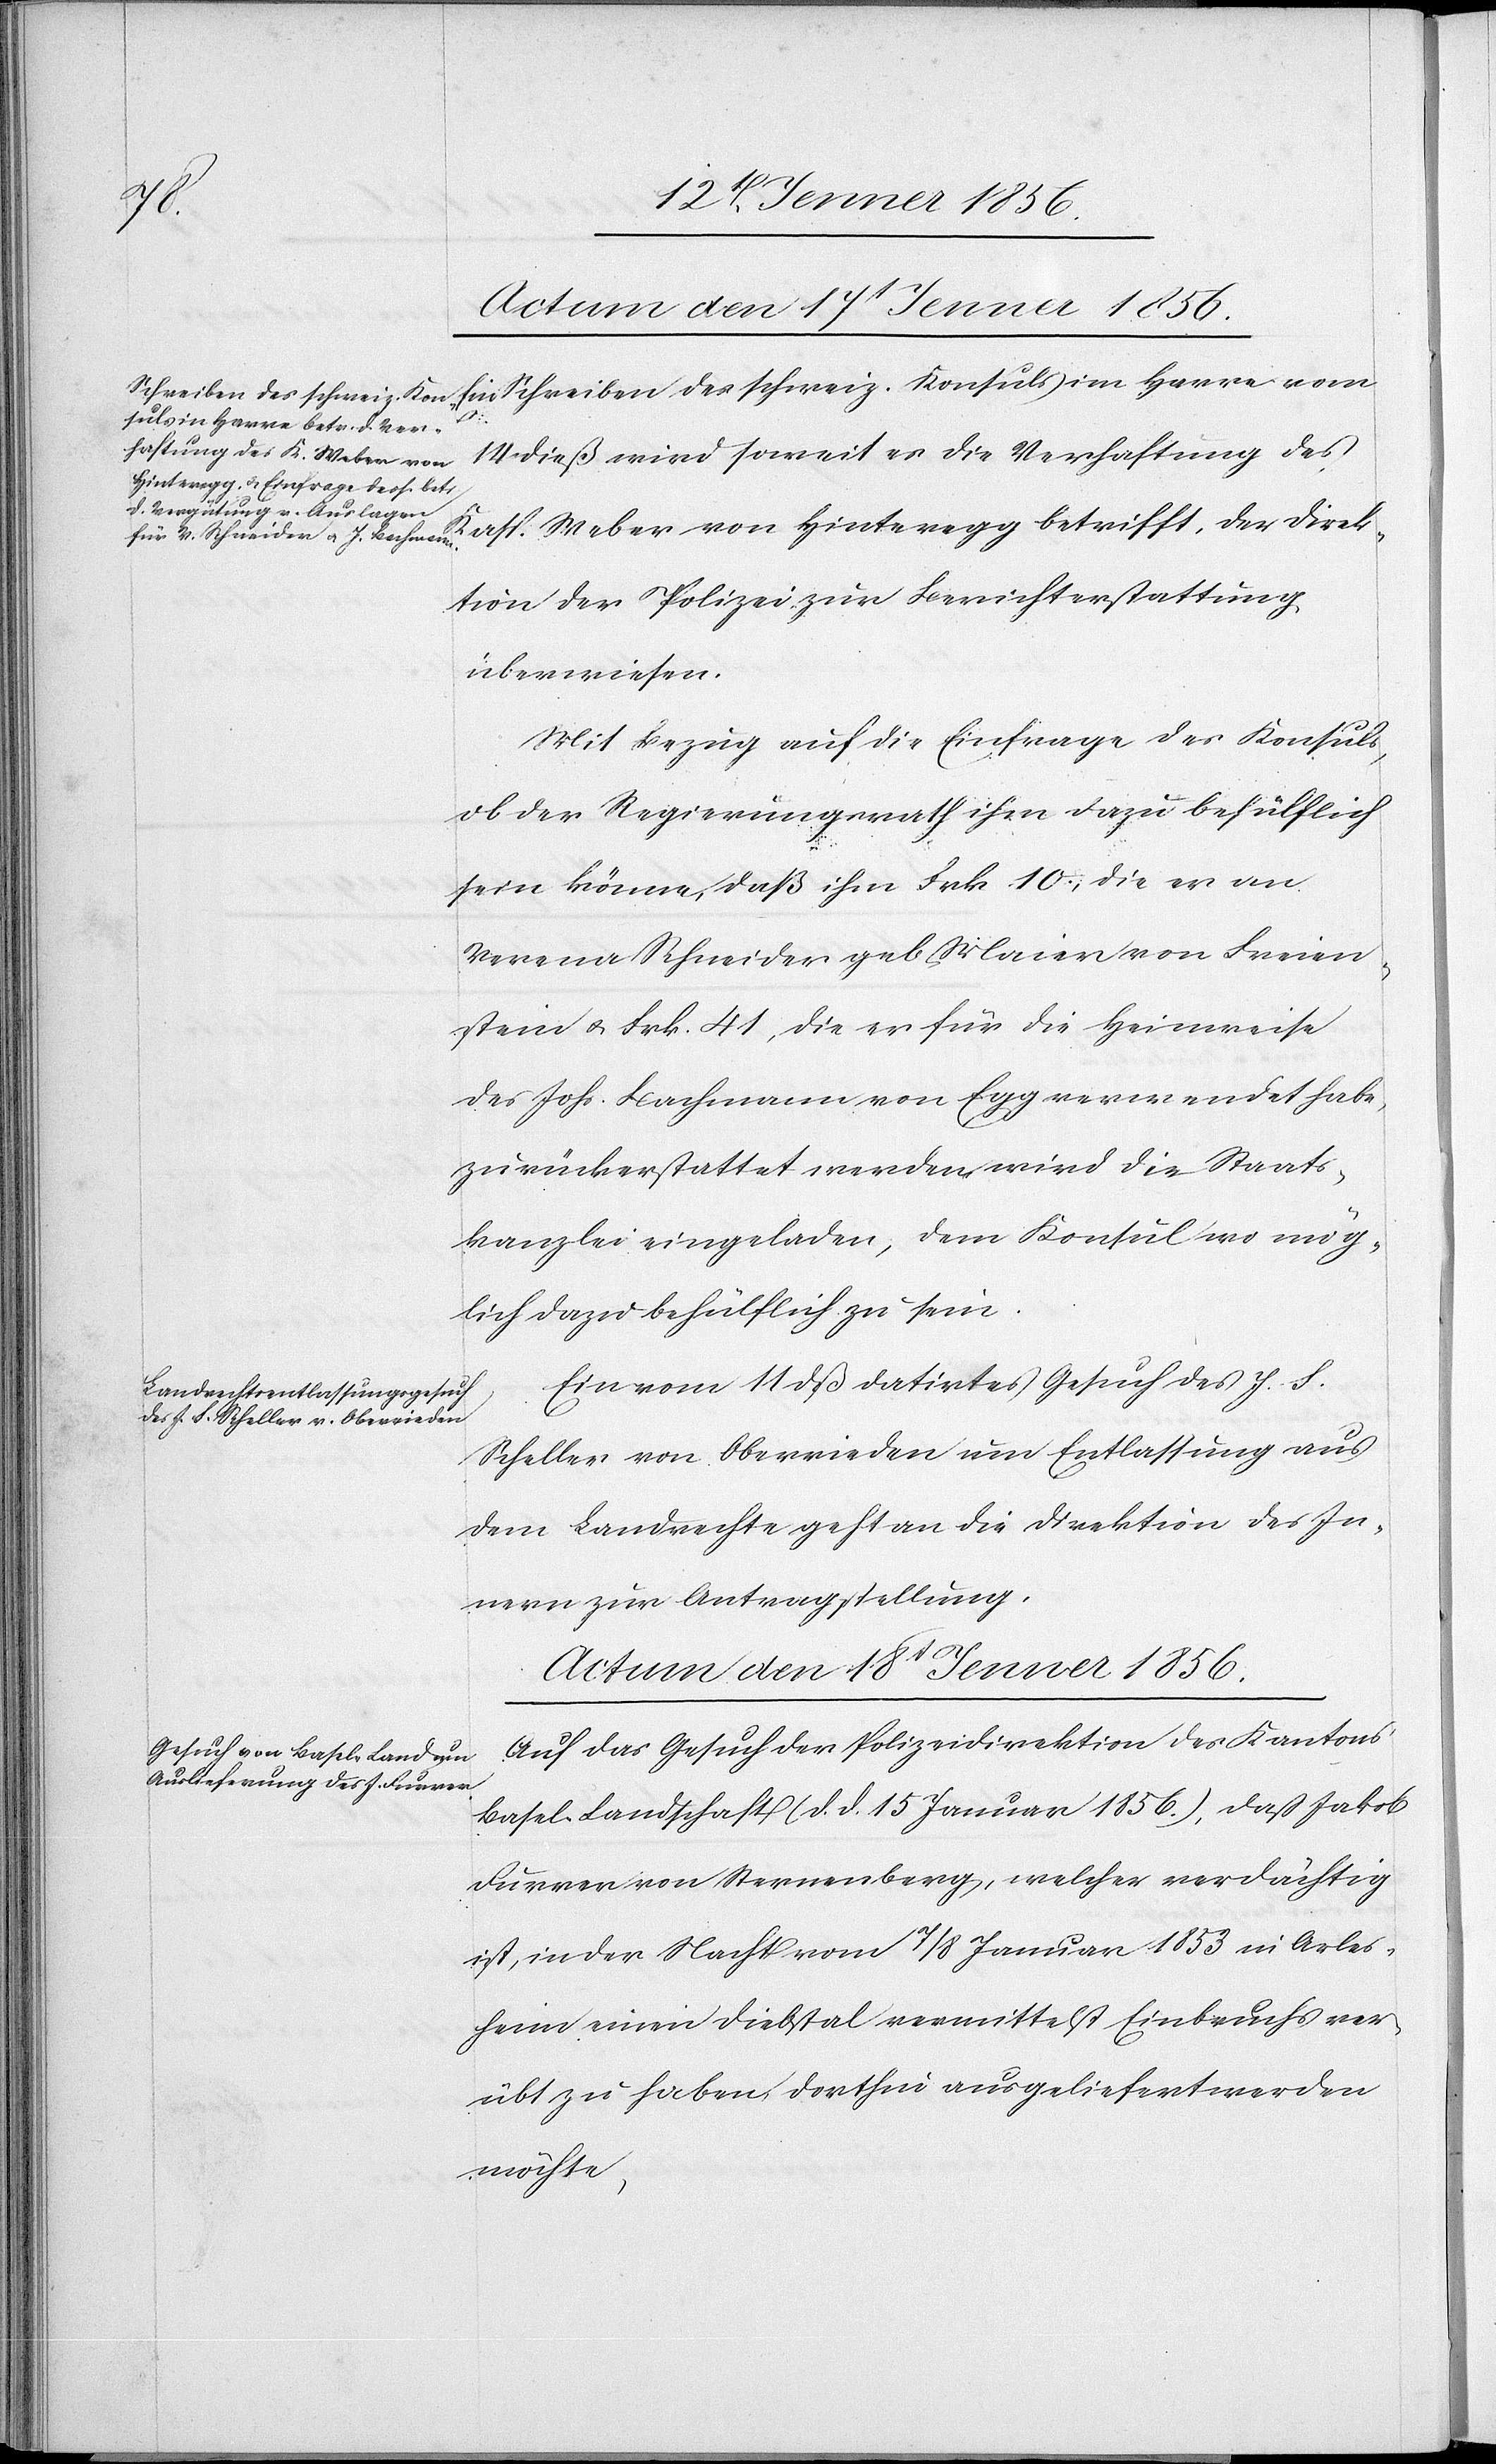
Direk¬
Actum den 17t Jenner 1856.
Schreiben des schweiz. Konsuls im Ha[?vr]e vom 14 dieß wird soweit es die Verhaftung des
tion der Polizei zur Berichterstattung
überwiesen.
Mit Bezug auf die Einfrage des Konsuls
ob der Regierungsrath ihm dazu behülflich
sein könne, daß ihn Frk 10., die er an
Verena Schneider geb Maier von Freien¬
stein u. Frk. 41, die er für die Heimreise
des Joh. Bachmann von Egg verwendet habe,
zurückerstattet werden, wird die Staats¬
kanzlei eingeladen, dem Konsul wo mög¬
lich dazu behülflich zu sein.
Ein vom 11 dieß datirtes Gesuch des J. S.
Scheller von Oberrieden um Entlassung aus
dem Landreche geht an die Direktion des In¬
nern zur Antragstellung.
Auf das Gesuch der Polizeidirektion des Kantons
Basel-Landschaft (d. d. 15 Januar 1856.), daß Jakob
Durrer von Sternenberg, welcher verdächtig
ist, in der Nacht vom 7/8 Januar 1853 in Arles¬
heim einen Diebstal vermittelst Einbruchs ver¬
übt zu haben, dorthin ausgeliefert werden
möchte,